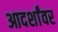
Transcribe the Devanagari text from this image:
आदर्शांवर